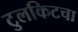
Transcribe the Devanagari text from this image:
टुलकिटचा